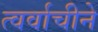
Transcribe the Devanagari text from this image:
त्वर्वाचीने